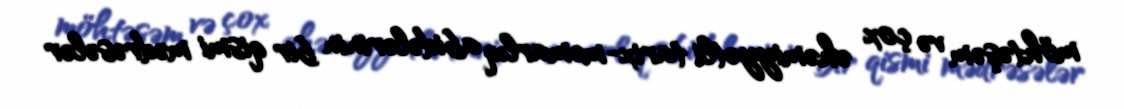
möhtəşəm və çox əhəmiyyətli tarix-memarlıq abidələrinin bir qismi mədrəsələr